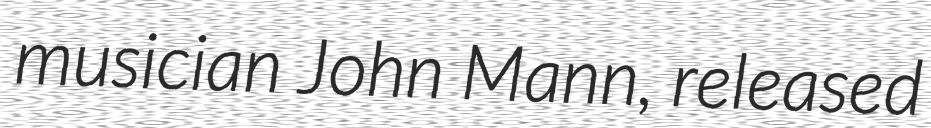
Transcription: musician John Mann, released